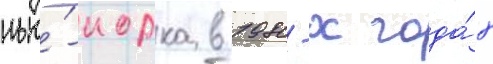
нью́-иорка в 1980-х года́х